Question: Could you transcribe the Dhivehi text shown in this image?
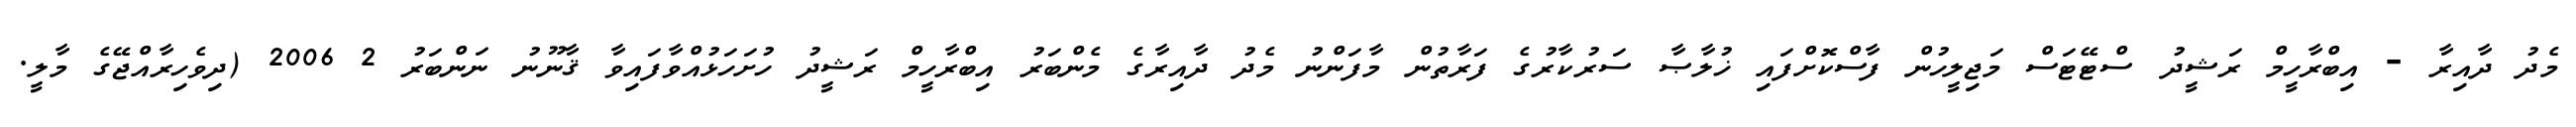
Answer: މެދު ދާއިރާ - އިބްރާހީމް ރަޝީދު ސްޓޭޓަސް މަޖިލީހުން ފާސްކޮށްފައި ޚުލާޞާ ސަރުކާރުގެ ފަރާތުން މާފަންނު މެދު ދާއިރާގެ މެންބަރު އިބްރާހީމް ރަޝީދު ހުށަހަޅުއްވާފައިވާ ޤާނޫނު ނަންބަރު 2 2006 (ދިވެހިރާއްޖޭގެ މާލީ.